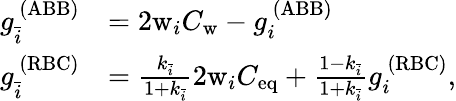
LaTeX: \begin{array}{rl}{g_{\bar{i}}^{\ (\mathrm{ABB})}}&{=2\mathrm{w}_{i}C_{\mathrm{w}}-g_{i}^{\ (\mathrm{ABB})}}\\ {g_{\bar{i}}^{\ (\mathrm{RBC})}}&{=\frac{k_{\bar{i}}}{1+k_{\bar{i}}}2\mathrm{w}_{i}C_{\mathrm{eq}}+\frac{1-k_{\bar{i}}}{1+k_{\bar{i}}}g_{i}^{\ (\mathrm{RBC})},}\end{array}